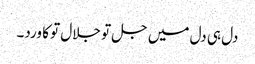
دل ہی دل میں جل تو جلال تو کا ورد۔